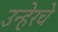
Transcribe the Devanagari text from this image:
उन्हेरचे